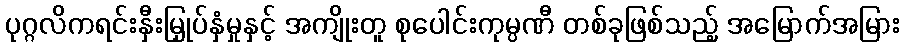
ပုဂ္ဂလိကရင်းနှီးမြှုပ်နှံမှုနှင့် အကျိုးတူ စုပေါင်းကုမ္ပဏီ တစ်ခုဖြစ်သည့် အမြောက်အမြား